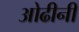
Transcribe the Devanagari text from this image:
ओढीनी